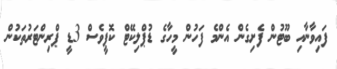
ފައިވާނާއި ބޫޓުން ފެށިގެން އެންމެ ފަހުން މީހާގެ ޑުޕްލިކޭޓް ކޮޕީވެސް 3ޑީ ޕްރިންޓަރުތަކުން